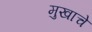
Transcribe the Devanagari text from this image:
मुखाचे